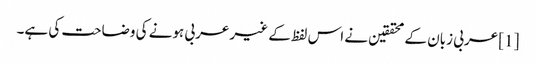
[1] عربی زبان کے محققین نے اس لفظ کے غیر عربی ہونے کی وضاحت کی ہے۔